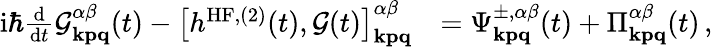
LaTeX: \begin{array}{rl}{\mathrm{i}\hbar\frac{\mathrm{d}}{\mathrm{d}t}\mathcal{G}_{\mathbf{kpq}}^{\alpha\beta}(t)-\left[h^{\mathrm{HF},(2)}(t),\mathcal{G}(t)\right]_{\mathbf{kpq}}^{\alpha\beta}}&{=\Psi_{\mathbf{kpq}}^{\pm,\alpha\beta}(t)+\Pi_{\mathbf{kpq}}^{\alpha\beta}(t)\, ,}\end{array}